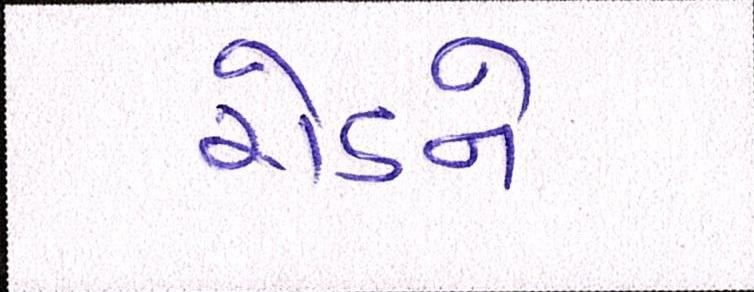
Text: રોડને